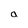
Character: a